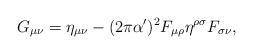
LaTeX: \begin{align*}G_{\mu \nu} = \eta_{\mu \nu} - (2 \pi \alpha')^2 F_{\mu \rho} \eta^{\rho \sigma} F_{\sigma \nu} ,\end{align*}